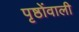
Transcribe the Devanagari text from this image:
पृष्ठोंवाली